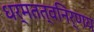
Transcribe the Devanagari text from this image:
धर्मतत्वनिर्णय